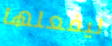
ليفعلها